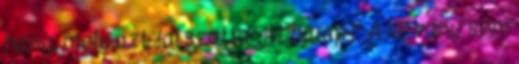
hang, mely azt játszotta „itt harapj” A látvány sem